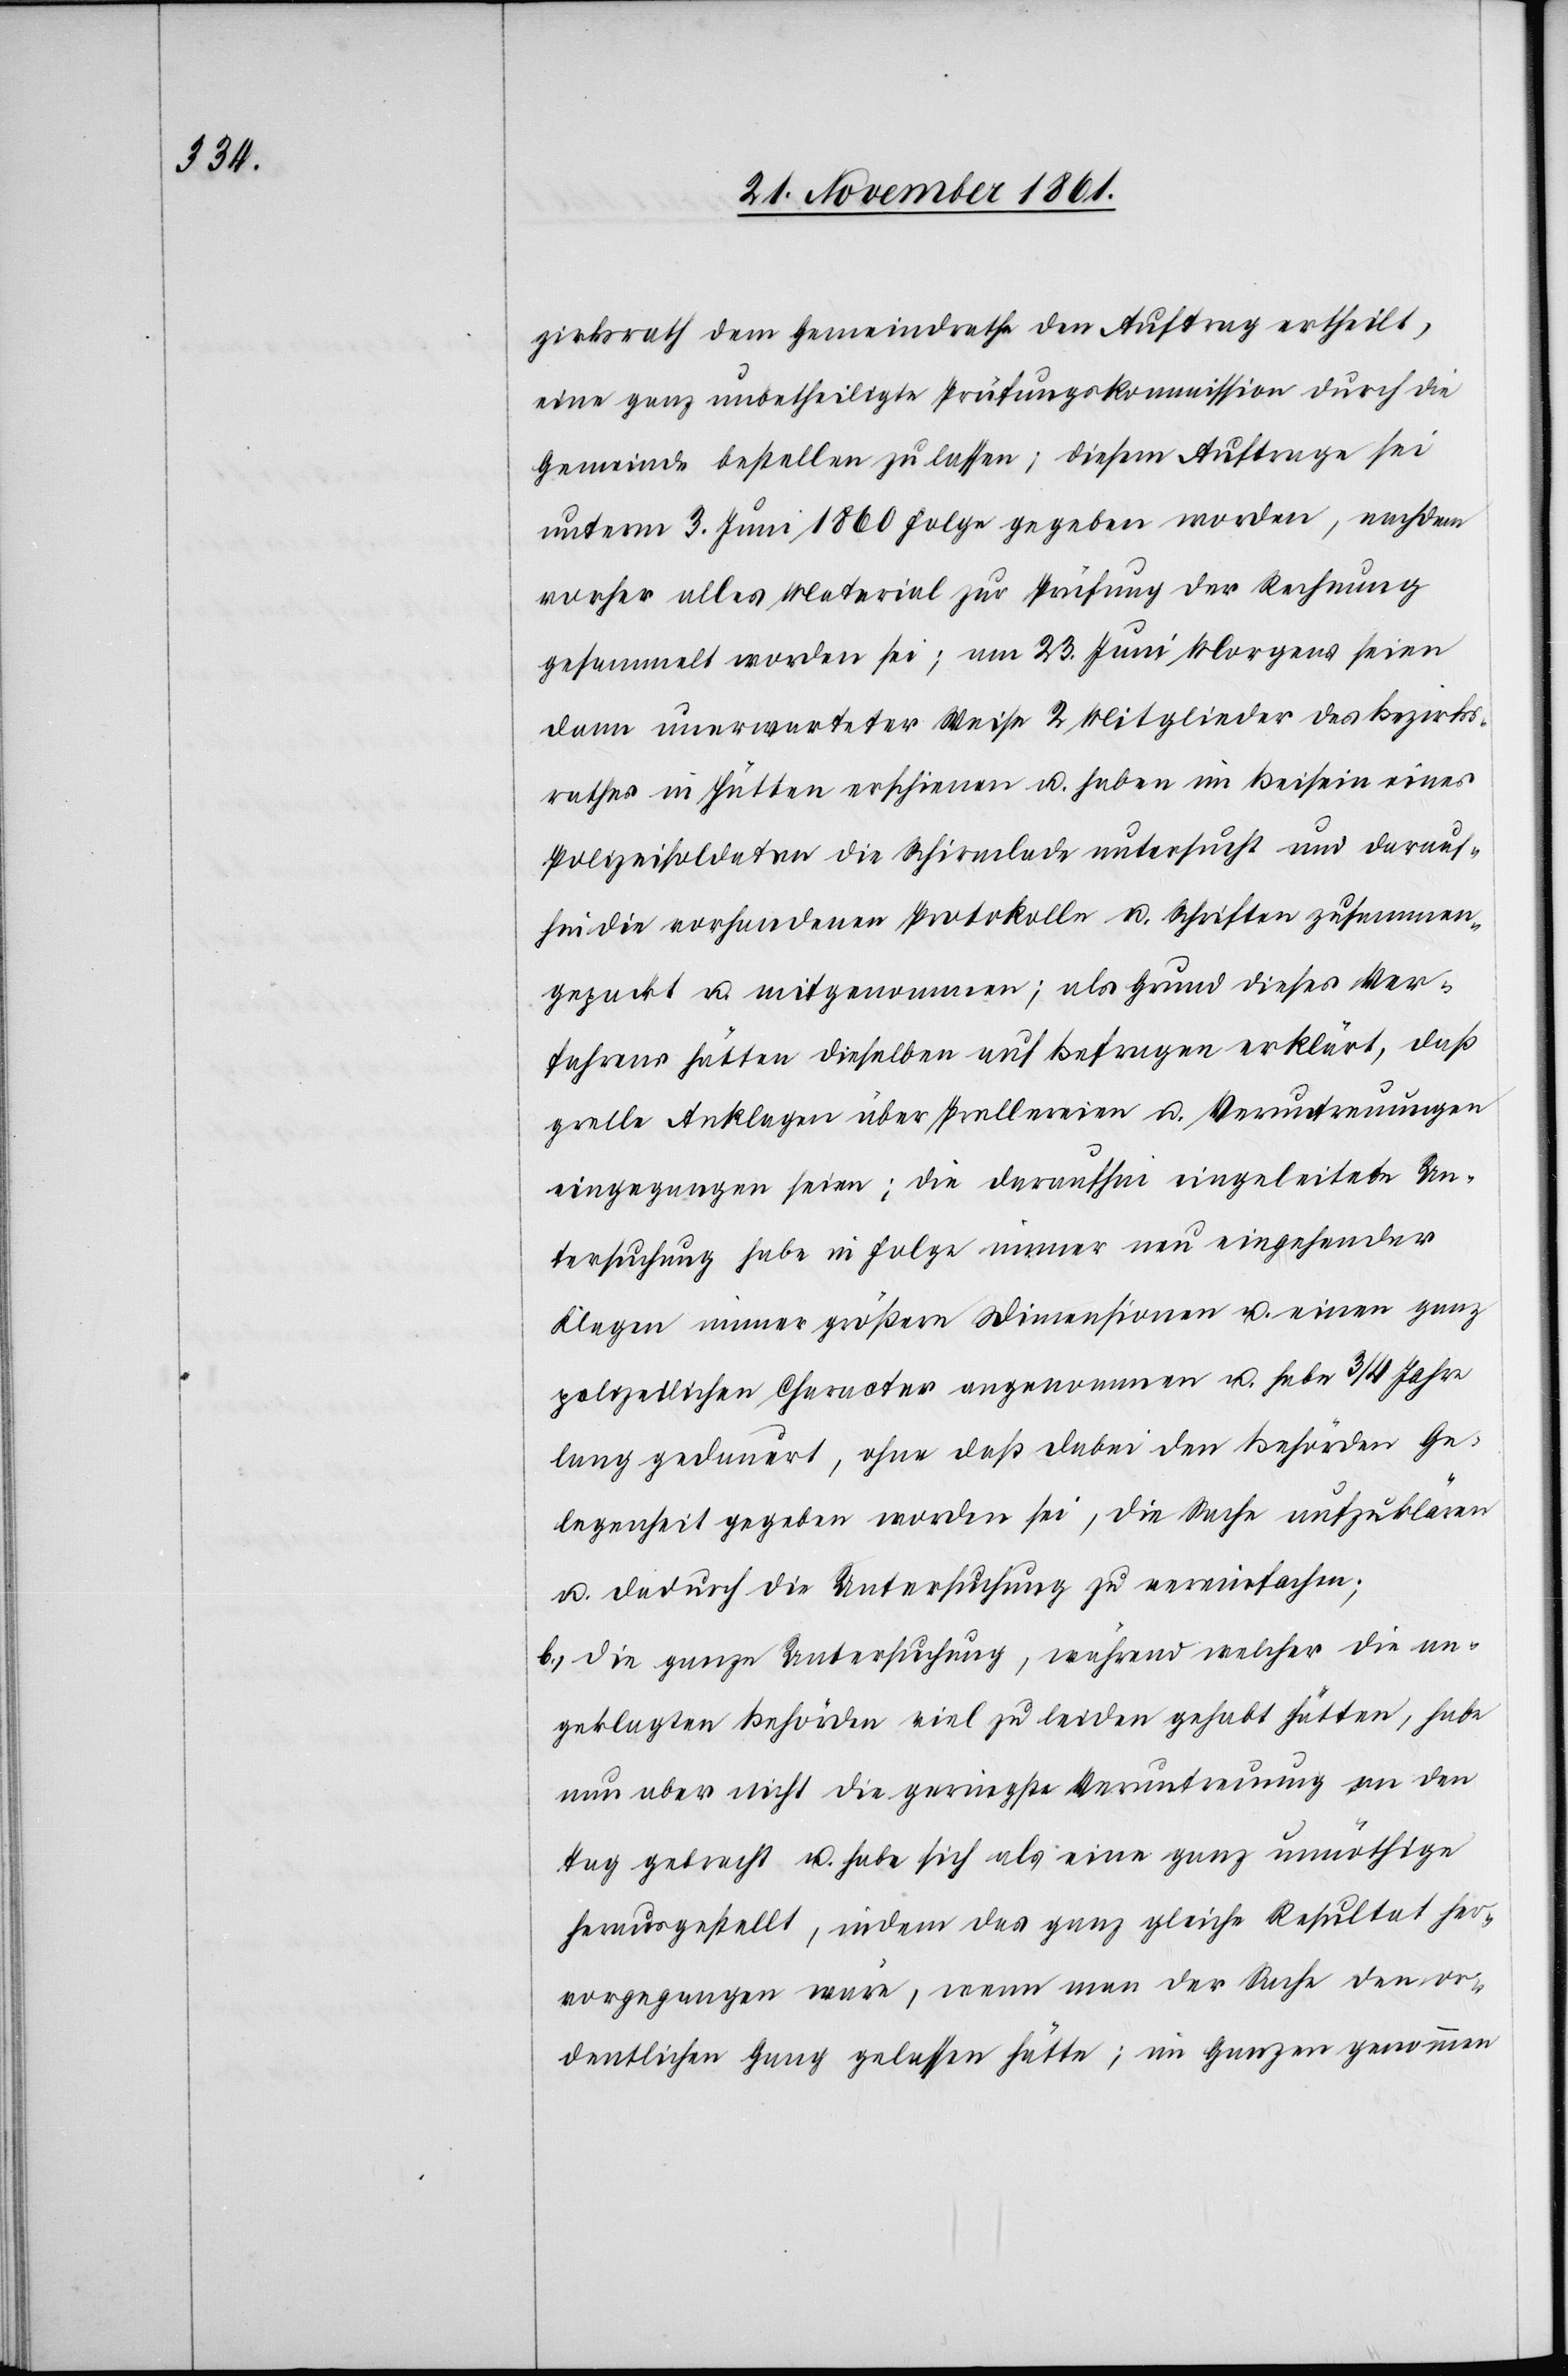
zirksrath dem Gemeindrathe den Auftrag ertheilt,
eine ganz unbetheiligte Prüfungskommission durch die
Gemeinde bestellen zu lassen; diesem Auftrage sei
unterm 3 Juni 1860 Folge gegeben worden, nachdem
vorher alles Material zur Prüfung der Rechnung
gesammelt worden sei; am 23 Juni Morgens seien
dann unerwarteter Weise 2 Mitglieder des Bezirks¬
rathes in Hütten erschienen u. haben im Beisein eines
Polizeisoldaten die Schirmlade untersucht und darauf¬
hin die vorhandenen Protokolle u. Schriften zusammen¬
gepackt u. mitgenommen; als Grund dieses Ver¬
fahrens hätten dieselben auf befragen erklärt, daß
grelle Anklagen über Prellereien u. Veruntreuungen
eingegangen seien; die daraufhin eingeleitete Un¬
tersuchung habe in Folge immer neu eingehender
Klagen immer größere Dimensionen u. einen ganz
polizeilichen Character angenommen u. habe 3/4 Jahre
lang gedauert, ohne daß dabei den Behörden Ge¬
legenheit gegeben worden sei, die Wache aufzuklären
u. dadurch die Untersuchung zu vereinfachen;
b. die ganze Untersuchung, während welcher die an¬
geklagten Behörden viel zu leiden gehabt hätten, habe
nun aber nicht die geringste Veruntreuung an den
Tag gebracht u. habe sich als eine ganz unnöthige
herausgestellt, indem das ganz gleiche Resultat her¬
vorgegangen wäre, wenn man der Sache den or¬
dentlichen Gang gelassen hätte, im Ganzen genommen